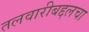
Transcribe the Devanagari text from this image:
तलवारीबद्दलचा